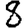
Digit: 8